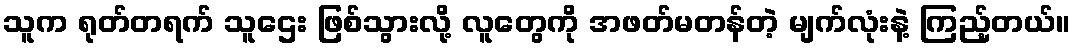
သူက ရုတ်တရက် သူဌေး ဖြစ်သွားလို့ လူတွေကို အဖတ်မတန်တဲ့ မျက်လုံးနဲ့ ကြည့်တယ်။